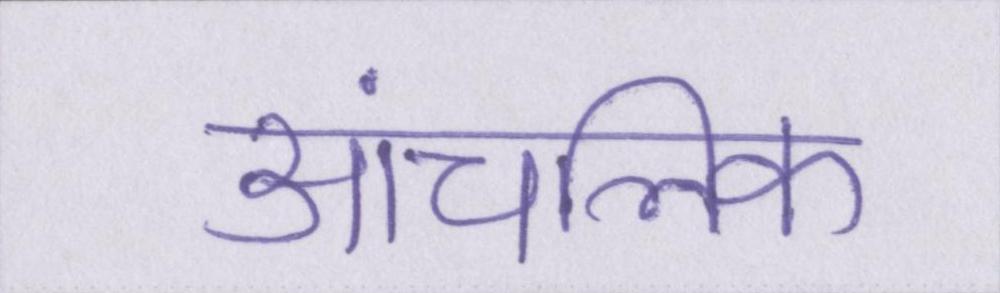
आंचलिक